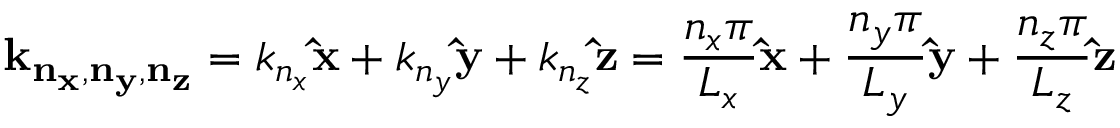
\mathbf { k _ { n _ { x } , n _ { y } , n _ { z } } } = k _ { n _ { x } } \mathbf { \hat { x } } + k _ { n _ { y } } \mathbf { \hat { y } } + k _ { n _ { z } } \mathbf { \hat { z } } = { \frac { n _ { x } \pi } { L _ { x } } } \mathbf { \hat { x } } + { \frac { n _ { y } \pi } { L _ { y } } } \mathbf { \hat { y } } + { \frac { n _ { z } \pi } { L _ { z } } } \mathbf { \hat { z } }